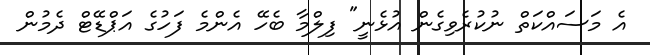
އެ މަސައްކަތް ނުކުރެވިގެން އުޅެނީ" ފިލްމާ ބެހޭ އެންމެ ފަހުގެ އަޕްޑޭޓް ދެމުން